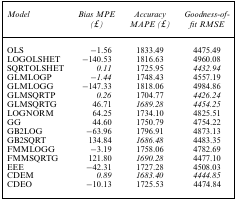
| Model | Bias MPE | Accuracy | Goodness‐of‐ |
 |  | (£) | MAPE (£) | fit RMSE |
 | --- | --- | --- | --- |
 | OLS | −1.56 | 1833.49 | 4475.49 |
 | LOGOLSHET | −140.53 | 1816.63 | 4960.08 |
 | SQRTOLSHET | 0.11 | 1725.95 | 4432.94 |
 | GLMLOGP | −1.44 | 1748.43 | 4557.19 |
 | GLMLOGG | −147.33 | 1818.06 | 4984.86 |
 | GLMSQRTP | 0.26 | 1704.77 | 4426.24 |
 | GLMSQRTG | 46.71 | 1689.28 | 4454.25 |
 | LOGNORM | 64.25 | 1734.10 | 4825.51 |
 | GG | 44.60 | 1750.79 | 4754.22 |
 | GB2LOG | −63.96 | 1796.91 | 4873.13 |
 | GB2SQRT | 134.84 | 1686.48 | 4483.35 |
 | FMMLOGG | −3.19 | 1758.06 | 4782.69 |
 | FMMSQRTG | 121.80 | 1690.28 | 4477.10 |
 | EEE | −42.31 | 1727.28 | 4508.03 |
 | CDEM | 0.89 | 1683.40 | 4444.85 |
 | CDEO | −10.13 | 1725.53 | 4474.84 |